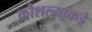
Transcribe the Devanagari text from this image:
कौशल्याकडे